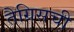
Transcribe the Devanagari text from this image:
तैग्रिसची